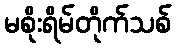
မစိုးရိမ်တိုက်သစ်